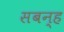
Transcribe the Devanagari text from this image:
सबन्ह